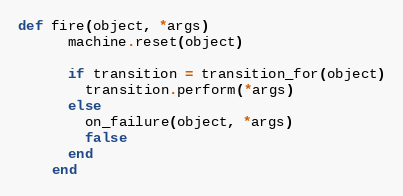
Language: Ruby
def fire(object, *args)
      machine.reset(object)

      if transition = transition_for(object)
        transition.perform(*args)
      else
        on_failure(object, *args)
        false
      end
    end